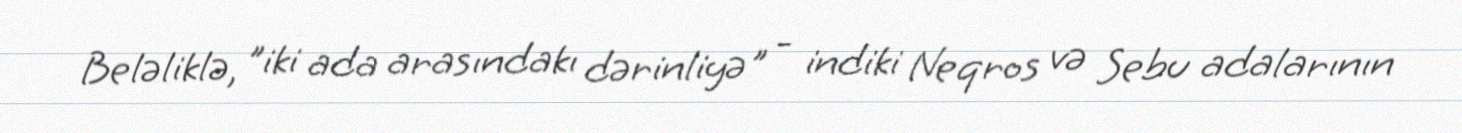
Beləliklə, "iki ada arasındakı dərinliyə" - indiki Neqros və Sebu adalarının